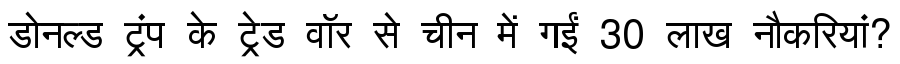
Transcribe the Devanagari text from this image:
डोनल्ड ट्रंप के ट्रेड वॉर से चीन में गईं 30 लाख नौकरियां?